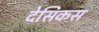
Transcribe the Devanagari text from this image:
देसिकस